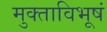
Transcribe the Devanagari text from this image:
मुक्ताविभूषं